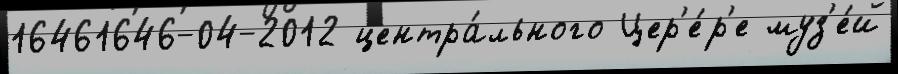
16461646-04-2012 центра́льного Цер'е́р'е муз'е́й